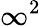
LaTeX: \infty^{2}